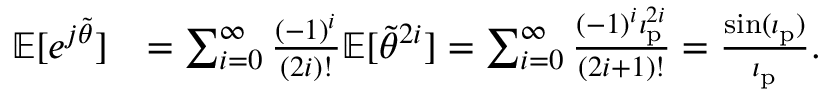
\begin{array} { r l } { \mathbb { E } [ e ^ { j \tilde { \theta } } ] } & { = \sum _ { i = 0 } ^ { \infty } \frac { ( - 1 ) ^ { i } } { ( 2 i ) ! } \mathbb { E } [ \tilde { \theta } ^ { 2 i } ] = \sum _ { i = 0 } ^ { \infty } \frac { ( - 1 ) ^ { i } \iota _ { \mathrm { p } } ^ { 2 i } } { ( 2 i + 1 ) ! } = \frac { \sin ( \iota _ { \mathrm { p } } ) } { \iota _ { \mathrm { p } } } . } \end{array}